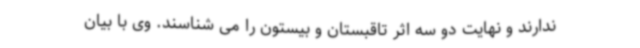
ندارند و نهایت دو سه اثر تاقبستان و بیستون را می شناسند. وی با بیان